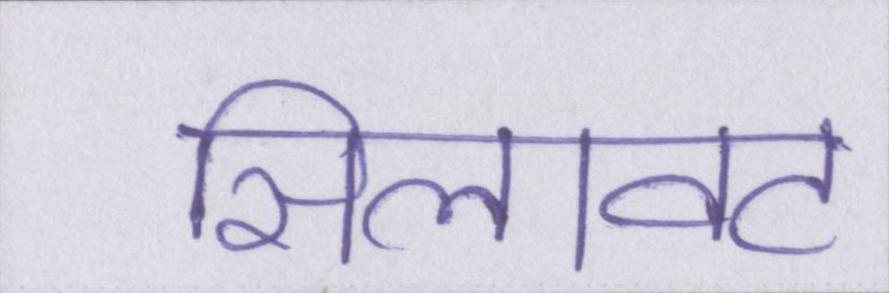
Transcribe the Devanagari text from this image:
सिलावट